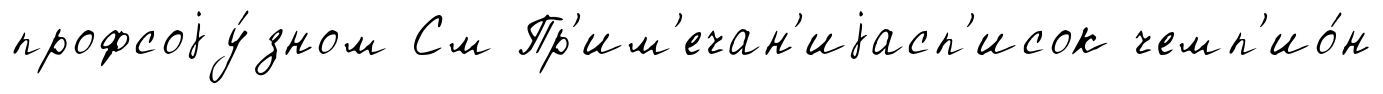
профсоjу́зном См Пр'им'ечан'иjасп'исок чемп'ио́н